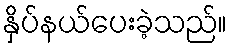
နှိပ်နယ်ပေးခဲ့သည်။